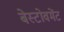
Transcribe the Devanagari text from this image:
बेस्टोवमेंट